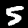
Label: 5